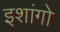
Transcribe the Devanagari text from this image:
इशांगो